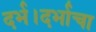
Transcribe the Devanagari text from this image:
दर्भ।दर्भाचा